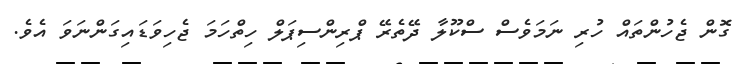
ގޮން ޖެހުންތައް ހުރި ނަމަވެސް ސްކޫލާ ދޭތެރޭ ޕްރިންސިޕަލް ހިތްހަމަ ޖެހިވަޑައިގަންނަވަ އެވެ.